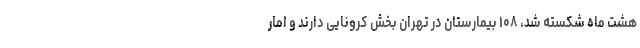
هشت ماه شکسته شد، ۱۰۸ بیمارستان در تهران بخش کرونایی دارند و امار